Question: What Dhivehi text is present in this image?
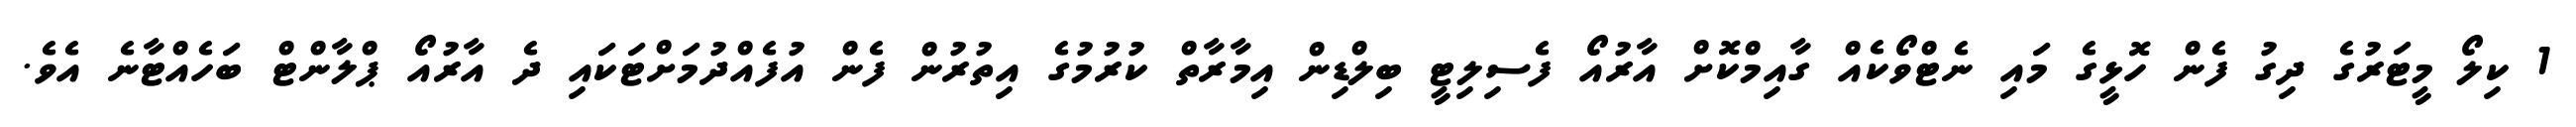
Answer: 1 ކިލޯ މީޓަރުގެ ދިގު ފެން ހޮޅީގެ މައި ނެޓްވޯކެއް ގާއިމްކޮށް އާރުއޯ ފެސިލިޓީ ބިލްޑިން އިމާރާތް ކުރުމުގެ އިތުރުން ފެން އުފެއްދުމަށްޓަކައި ދެ އާރުއޯ ޕްލާންޓް ބަހެއްޓާނެ އެވެ.